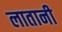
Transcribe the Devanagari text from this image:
लातानी